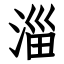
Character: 淄